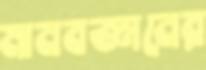
মানবজ্ঞানের